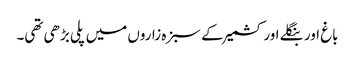
باغ اور بنگلے اور کشمیر کے سبزہ زاروں میں پلی بڑھی تھی۔